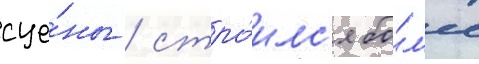
сце́ны / стро́илс'я бо́л'ее